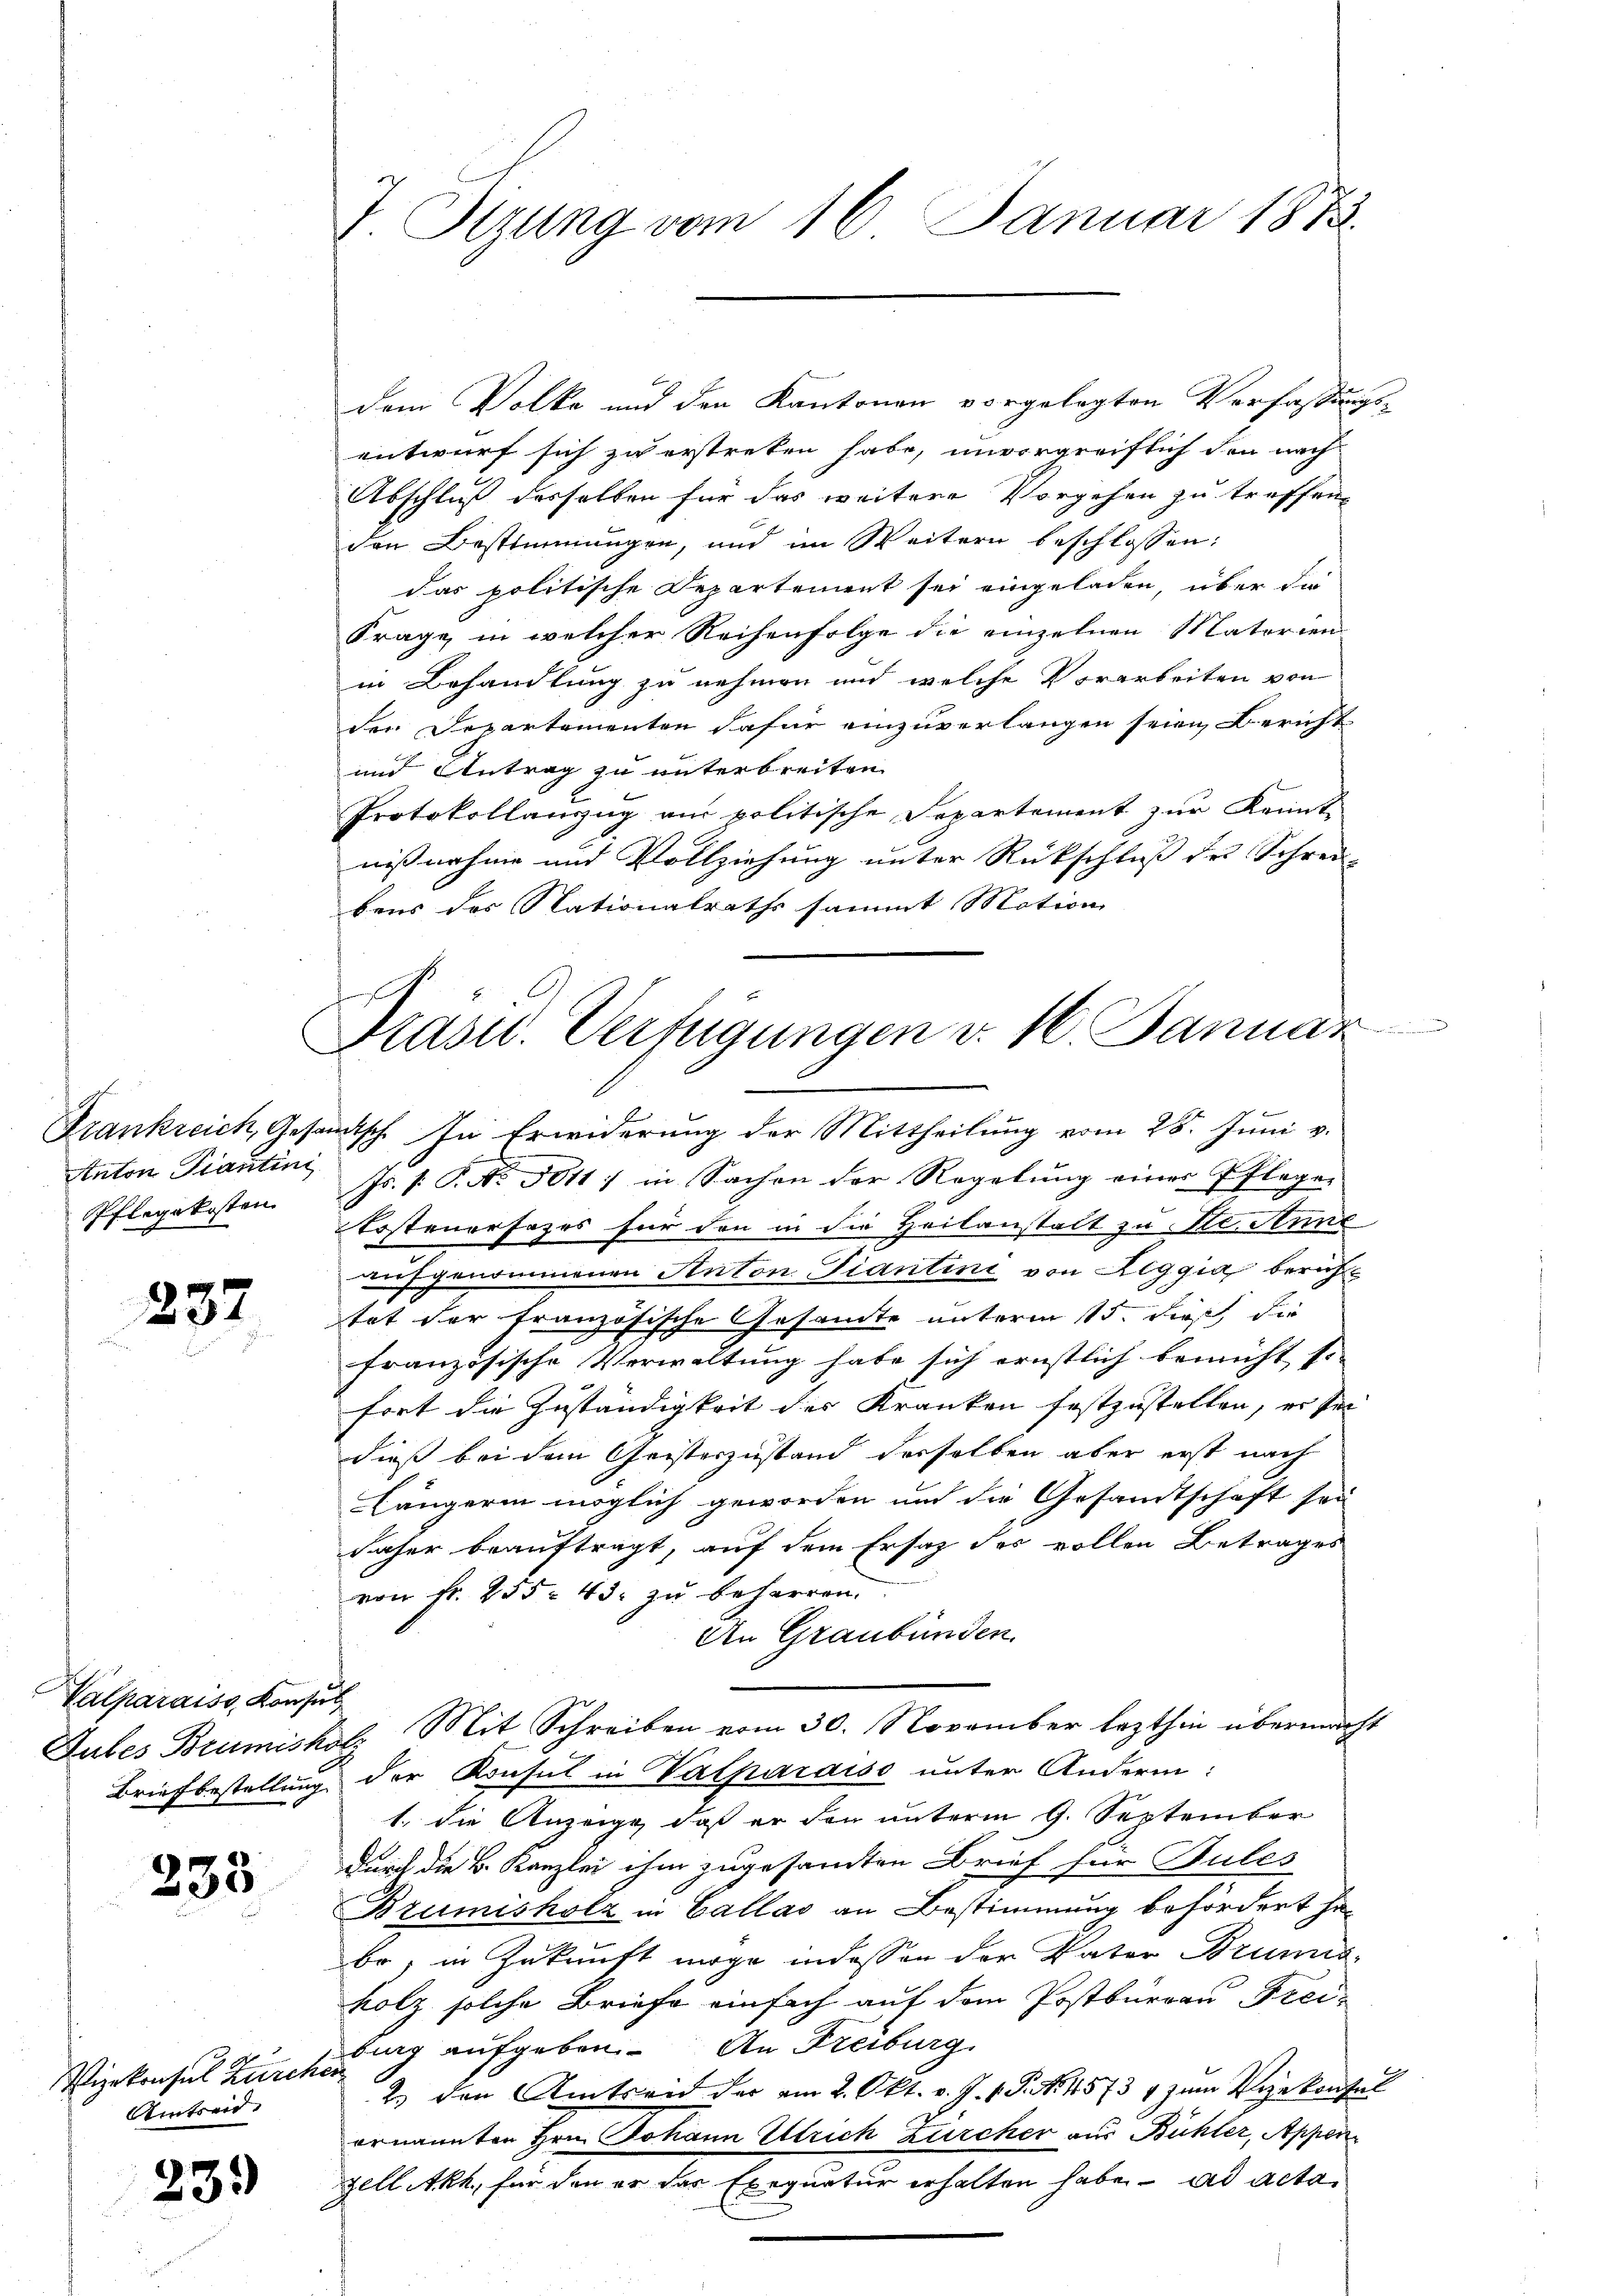
Frankreich, Gesa
Anton Prantini
Pflegekosten.

237

Valparaiss, Konsul

233

Vizekonsul Zürche
Amtreid.

23.)

J. Sitzung vom 16. Januar 1872.

dem Volke und den Kantonen vorgelegten Verfassungs-
entwurf sich zu erstreten habe, unvergreiflich den nach-
Abschluß desselben für das weitere Vorgehen zu treffen,
den Bestimmungen, und im Weitern beschlossen:
das politische Departement sei eingeladen, über die
Frage in welcher Reihenfolge die einzelnen Materien
in Behandlung zu nehmen und welche Vorarbeiten von
den Departementen dafür einzuverlangen seien, Bericht
und Antrag zu unterbreiten.
Protokollauszug aus politische Departement zur Kennt-
nißnahme und Vollziehung unter Rückschluß des Schrei-
bens des Nationalraths sammt Mation

Prasid. Verfügungen v. 16. Januar

mutsch. In Erwiderung der Mittheilung vom 28. Juni v.
Js. 1. P. No 3011) in Sachen der Regelung eines Pflegen
Kostenersages für den in die Heilanstalt zu Se. Anne
aufgenommenen Anton Tiantini von Reggia bericht
tat der französische Gesamte unterm 15. dieß, die
französische Verwaltung habe sich ernstlich bemüht s.
fort die Zuständigkeit des Kranken festzustellen, er sei
dieß bei dem Geisterzustand derselben aber erst nach
Längerin möglich geworden und die Gesandtschaft sei
daher beauftragt, auf dem Ersatz des vollen Betrages
von Fr. 255. 43. zu beharren.
An Graubünden.
Subes Brumisholz Mit Schreiben vom 30. November lezthin übermacht
Briefbestellung der Konsul in Valparaiso unter Andern:
1. die Anzeige, daß er den unterm 9. September
durch die k. Kanzlei ihm zugesamten Brief für Pules
Bzumisholz in Callas an Bestimmung befördert ha
be, in Zukunft möge indessen der Vater Brumis-
holz solche Briefe einfach auf dem Postbureau Frei-
bing aufgeben. An Freiburg
i
2. den Amtseid der am 2. Okt. v. J. v. J. No 11573 4 zum Vizekonfel
ernannten Hrn. Johann Estrich Zürcher aus Bühler, Appen
zell Akk, für den er das Exequatur erhalten habe. ad acta